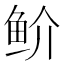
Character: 𬶇